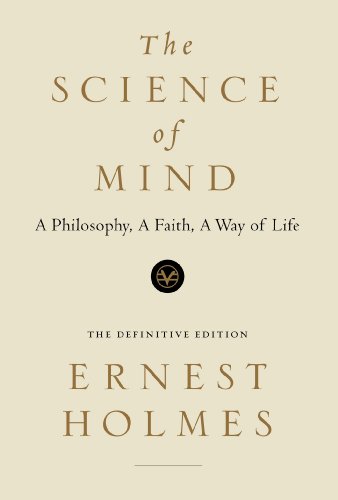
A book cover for The Science of Mind: A Philosophy, A Faith, A Way of Life; Ernest Holmes; Politics & Social Sciences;